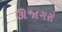
ઊજાગરો